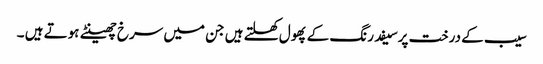
سیب کے درخت پرسیفد رنگ کے پھول کھلتے ہیں جن میں سرخ چھینٹے ہوتے ہیں ۔